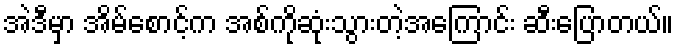
အဲဒီမှာ အိမ်စောင့်က အစ်ကိုဆုံးသွားတဲ့အကြောင်း ဆီးပြောတယ်။